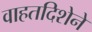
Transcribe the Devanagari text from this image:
वाहतदिशेने